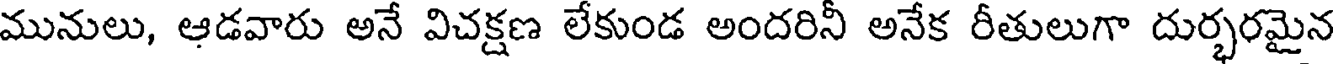
మునులు, ఆడవారు అనే విచక్షణ లేకుండ అందరినీ అనేక రీతులుగా దుర్భరమైన